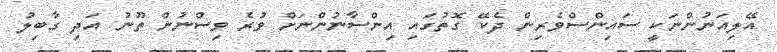
އޭލިއަނުންނަކީ ސައިންސްވެރިން ދެކޭ ގޮތުގައި އިންސާނުންނަށް ވުރެ ވިސްނުން ތޫނު އަދި ގާބިލު